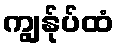
ကျွန်ုပ်ထံ